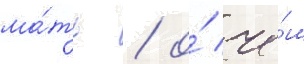
ма́ть / о́ че́м